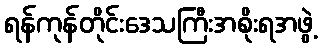
ရန်ကုန်တိုင်းဒေသကြီးအစိုးရအဖွဲ့